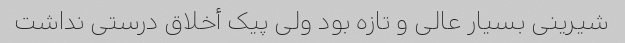
شیرینی بسیار عالی و تازه بود ولی پیک أخلاق درستی نداشت